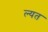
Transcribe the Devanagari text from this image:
ल्यत